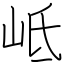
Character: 岻